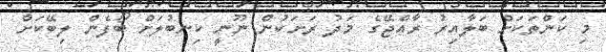
މި ކަންތަކަށް ބަލާއިރު ރާއްޖޭގެ މަދު ރަށަކުން ނޫނީ ކިނބުލަށް ބޯފެން ލިބޭކަށް